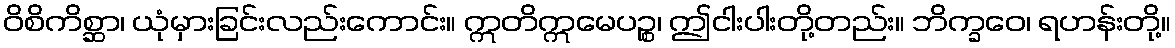
ဝိစိကိစ္ဆာ၊ ယုံမှားခြင်းလည်းကောင်း။ ဣတိဣမေပဉ္စ၊ ဤငါးပါးတို့တည်း။ ဘိက္ခဝေ၊ ရဟန်းတို့။